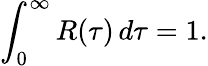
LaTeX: \int_{0}^{\infty}R(\tau)\, d\tau=1.